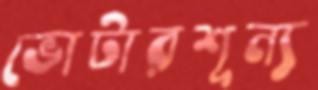
ভোটারশূন্য